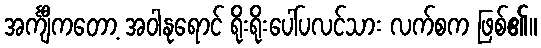
အင်္ကျီကတော့ အဝါနုရောင် ရိုးရိုးပေါ်ပလင်သား လက်စက ဖြစ်၏။